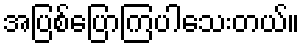
အပြစ်ပြောကြပါသေးတယ်။